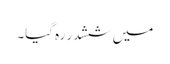
میں ششدر رہ گیا۔